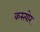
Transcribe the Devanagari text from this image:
कस्त्योर